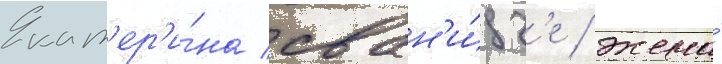
Екат'ер'и́на сван'и́дз'е / жена́